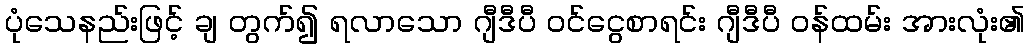
ပုံသေနည်းဖြင့် ချ တွက်၍ ရလာသော ဂျီဒီပီ ဝင်ငွေစာရင်း ဂျီဒီပီ ဝန်ထမ်း အားလုံး၏